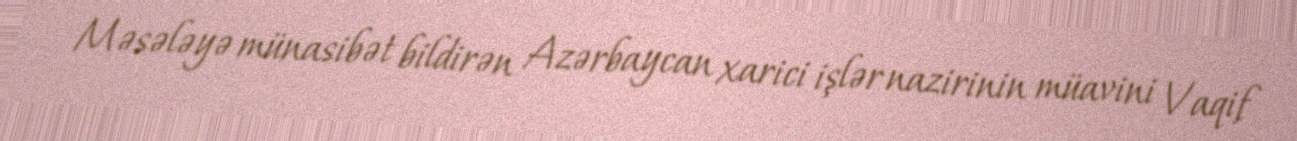
Məsələyə münasibət bildirən Azərbaycan xarici işlər nazirinin müavini Vaqif